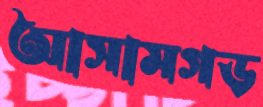
আসামগড়